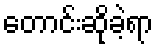
တောင်းဆိုခဲ့ရာ